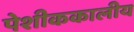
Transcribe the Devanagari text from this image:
पेशीककालीय